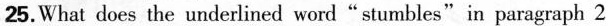
25.What does the underlined word"stumbles"in paragraph 2